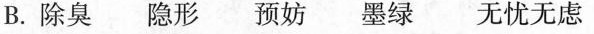
B.除臭 隐形 预妨 墨绿 无忧无虑